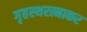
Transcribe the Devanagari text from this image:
गृहस्थरत्नाकर